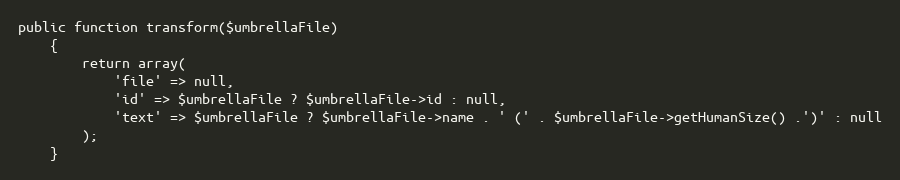
Language: PHP
public function transform($umbrellaFile)
    {
        return array(
            'file' => null,
            'id' => $umbrellaFile ? $umbrellaFile->id : null,
            'text' => $umbrellaFile ? $umbrellaFile->name . ' (' . $umbrellaFile->getHumanSize() .')' : null
        );
    }